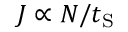
J \propto N / t _ { \mathrm { S } }